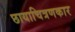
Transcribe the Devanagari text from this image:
छायाचित्रणकार